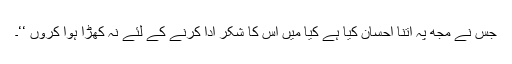
جس نے مجھ پہ اتنا احسان کیا ہے کیا میں اس کا شکر ادا کرنے کے لئے نہ کھڑا ہوا کروں ‘‘۔